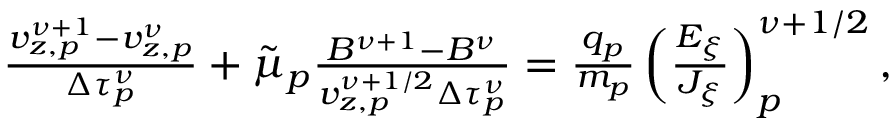
\begin{array} { r } { \frac { v _ { z , p } ^ { \nu + 1 } - v _ { z , p } ^ { \nu } } { \Delta \tau _ { p } ^ { \nu } } + \Tilde { \mu } _ { p } \frac { B ^ { \nu + 1 } - B ^ { \nu } } { v _ { z , p } ^ { \nu + 1 / 2 } \Delta \tau _ { p } ^ { \nu } } = \frac { q _ { p } } { m _ { p } } \left( \frac { E _ { \xi } } { J _ { \xi } } \right) _ { p } ^ { \nu + 1 / 2 } , } \end{array}